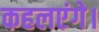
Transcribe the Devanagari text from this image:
कहलएंगे।